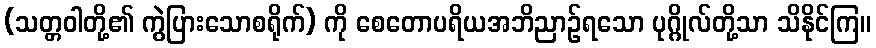
(သတ္တဝါတို့၏ ကွဲပြားသောစရိုက်) ကို စေတောပရိယအဘိညာဉ်ရသော ပုဂ္ဂိုလ်တို့သာ သိနိုင်ကြ။